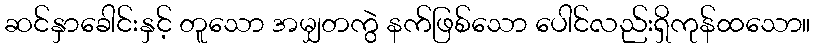
ဆင်နှာခေါင်းနှင့် တူသော အမျှတကွဲ နက်ဖြစ်သော ပေါင်လည်းရှိကုန်ထသော။